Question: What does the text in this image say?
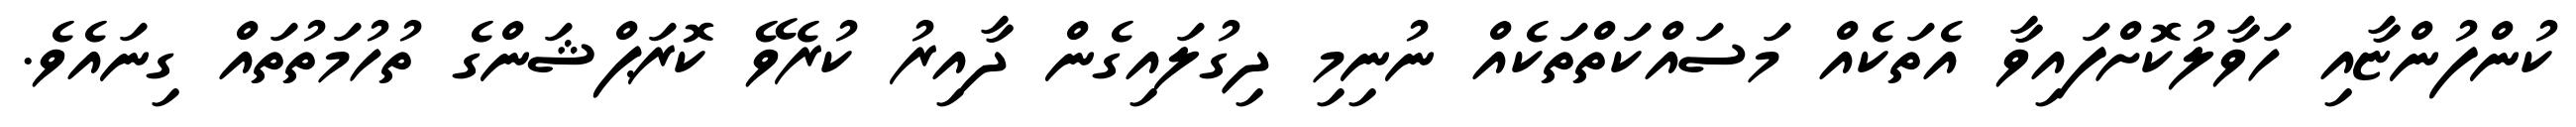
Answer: ކުންފުންޏާއި ހަވާލުކޮށްފައިވާ އެތަކެއް މަސައްކަތްތަކެއް ނުނިމި ދިގުލައިގެން ދާއިރު ކުރެވޭ ކޮރަޕްޝަންގެ ތުހުމަތުތައް ގިނައެވެ.